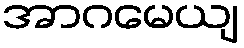
အာဂမေယျ